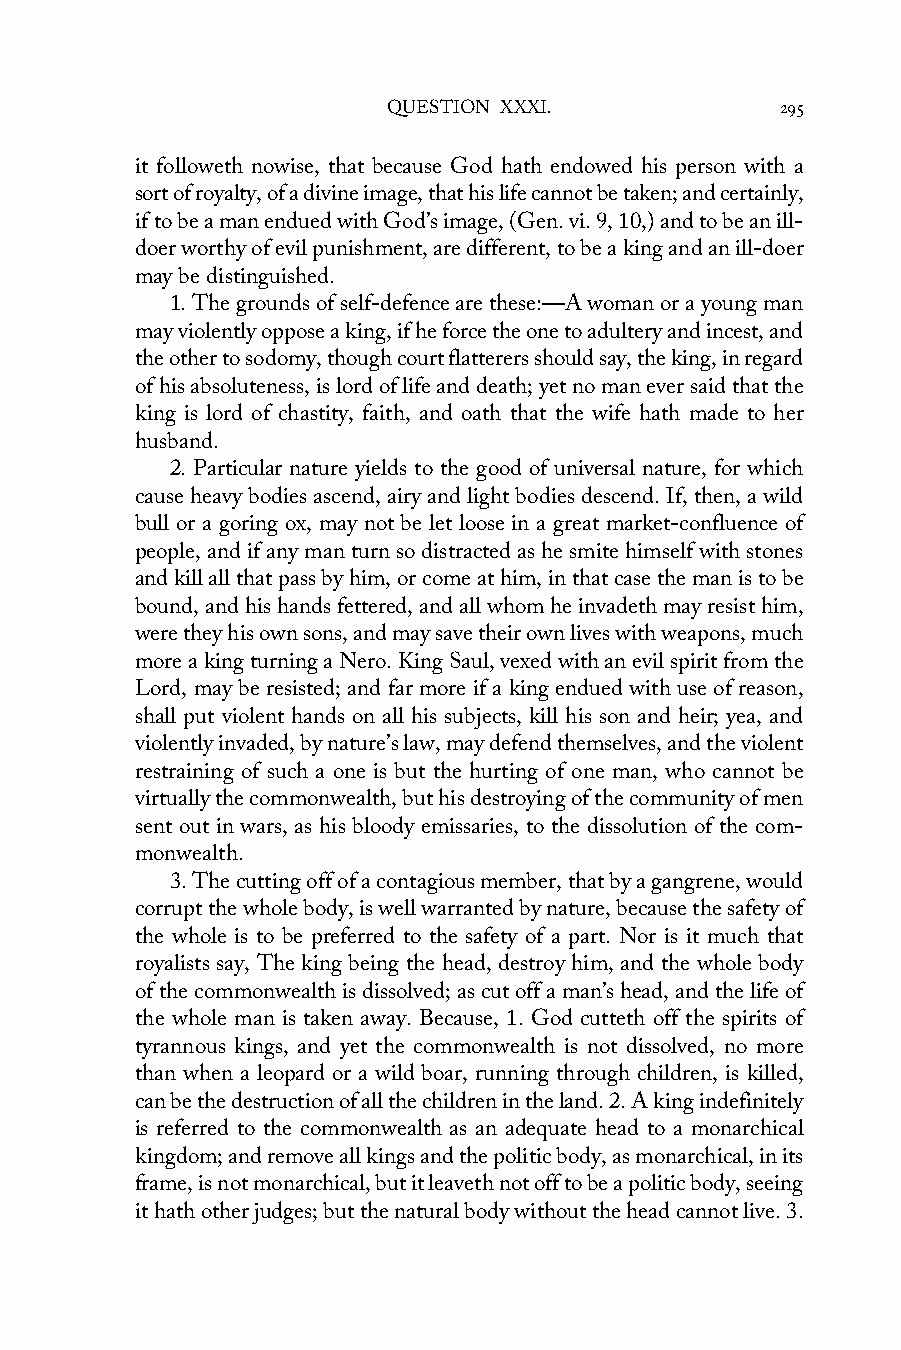
QUESTION XXXI.            295
 it followeth nowise, that because God hath endowed his person with a
 sort of royalty, of a divine image, that his life cannot be taken; and certainly,
 if to be a man endued with God’s image, (Gen. vi. 9, 10,) and to be an ill-
 doer worthy of evil punishment, are different, to be a king and an ill-doer
 may be distinguished.
 1. The grounds of self-defence are these:—A woman or a young man
 may violently oppose a king, if he force the one to adultery and incest, and
 the other to sodomy, though court flatterers should say, the king, in regard
 of his absoluteness, is lord of life and death; yet no man ever said that the
 king is lord of chastity, faith, and oath that the wife hath made to her
 husband.
 2. Particular nature yields to the good of universal nature, for which
 cause heavy bodies ascend, airy and light bodies descend. If, then, a wild
 bull or a goring ox, may not be let loose in a great market-confluence of
 people, and if any man turn so distracted as he smite himself with stones
 and kill all that pass by him, or come at him, in that case the man is to be
 bound, and his hands fettered, and all whom he invadeth may resist him,
 were they his own sons, and may save their own lives with weapons, much
 more a king turning a Nero. King Saul, vexed with an evil spirit from the
 Lord, may be resisted; and far more if a king endued with use of reason,
 shall put violent hands on all his subjects, kill his son and heir; yea, and
 violently invaded, by nature’s law, may defend themselves, and the violent
 restraining of such a one is but the hurting of one man, who cannot be
 virtually the commonwealth, but his destroying of the community of men
 sent out in wars, as his bloody emissaries, to the dissolution of the com-
 monwealth.
 3. The cutting off of a contagious member, that by a gangrene, would
 corrupt the whole body, is well warranted by nature, because the safety of
 the whole is to be preferred to the safety of a part. Nor is it much that
 royalists say, The king being the head, destroy him, and the whole body
 of the commonwealth is dissolved; as cut off a man’s head, and the life of
 the whole man is taken away. Because, 1. God cutteth off the spirits of
 tyrannous kings, and yet the commonwealth is not dissolved, no more
 than when a leopard or a wild boar, running through children, is killed,
 can be the destruction of all the children in the land. 2. A king indefinitely
 is referred to the commonwealth as an adequate head to a monarchical
 kingdom; and remove all kings and the politic body, as monarchical, in its
 frame, is not monarchical, but it leaveth not off to be a politic body, seeing
 it hath other judges; but the natural body without the head cannot live. 3.